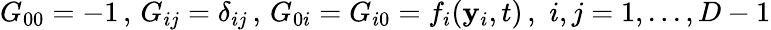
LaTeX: G_{00}=-1\, ,\, G_{ij}=\delta_{ij}\, ,\, G_{0i}=G_{i0}=f_{i}(\mathbf{y}_{i},t)\, ,\, \, i,j=1,...,D-1